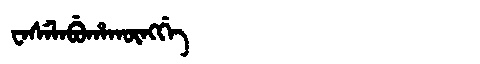
Manchu: ᠸᠠᠰᡝᠯᠠᠪᡠᡥᠠᡴᡡᠩᡤᡝ
Romanization: WASELABUHAKŪNGGE